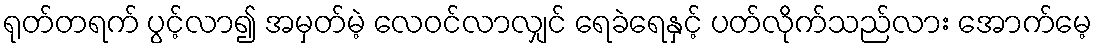
ရုတ်တရက် ပွင့်လာ၍ အမှတ်မဲ့ လေဝင်လာလျှင် ရေခဲရေနှင့် ပတ်လိုက်သည်လား အောက်မေ့